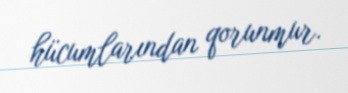
hücumlarından qorunmur.